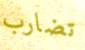
تضارب